Medical and sanitary report of the native army of Bengal for the year
Year: 1877
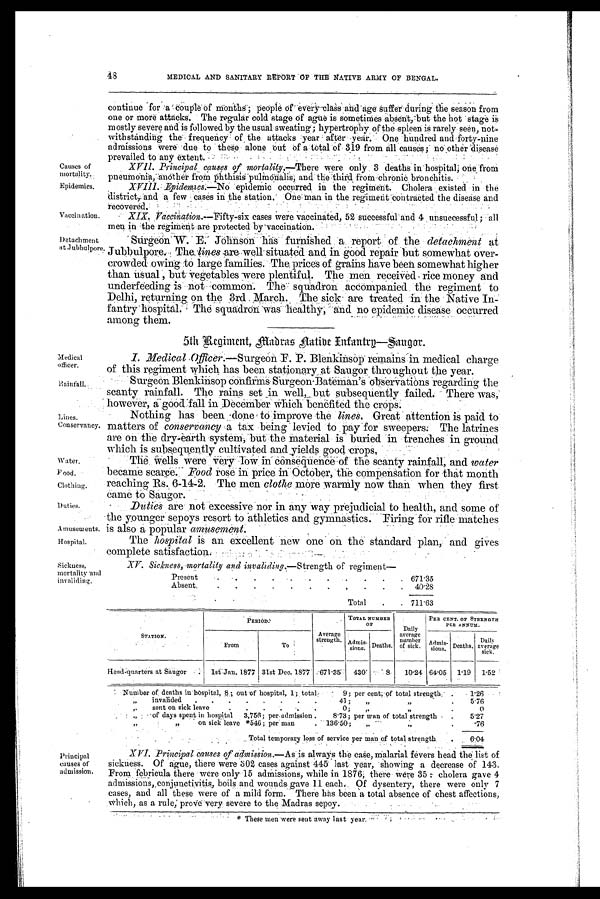
Causes of
mortality.
Epidemics.
vaccination.
Detachment
at Jubbulpore.
48
MEDICAL AND SANITARY REPORT OF THE NATIVE ARMY OF BENGAL.
continue for a couple of months ; people of e very class and age Suffer during the season from
one or more attacks. The regular cold stage of ague is sometimes absent, but the hot stage is
mostly severe and is followed by the usual sweating ; hypertrophy of the spleen is rarely seen, not-
withstanding the frequency of the attacks year after year. One hundred and forty-nine
admissions were due to these alone out of a total of 319 from all causes no other disease
prevailed to any extent.
XVII. Principal causes of mortality.—There were only 3 deaths in hospital; one from
pneumonia, another from phthisis pulmonalis, and the third from chronic bronchitis.
XVIII. Epidemics.—No epidemic occurred in the regiment. Cholera existed in the
district, and a few cases in the station. One man in the regiment contracted the disease and
recovered.
XIX. Vaccination.— Fifty-six cases were vaccinated, 52 successful and 4 unsuccessful; all
men in the regiment are protected by vaccination.
Sur geon W. E. J ohns on has f ur ni s hed a r epor t of t hed e t a c h m e n t
a t
Jubbulpore. The, lines are-well situated and in good repair but somewhat over-
crowded owing to large families. The prices of grains have been somewhat higher
than usual, but vegetables were plentiful. The men received rice money and
underfeeding is not common. The squadron accompanied the regiment to
Delhi, returning on the 3rd March. The sick are treated in the Native In
fantry hospital. The squadron was healthy, and no epidemic disease occurred
among them.
5th Regiment, Madras Native Infantry—Saugor.
Medical
officer.
Lines.
Conservancy.
Water.
Food.
Clothing.
Duties.
Amusements.
Hospital.
Sickness,
mortality and
invaliding.
1. Medical Officer.— S u r g e o n F . P . B l e n k i n s o p r e m a i n s i n m e d i c a l c h a r g e
of this regiment which has been stationary at Saugor throughout the year.
Surgeon Blenkinsop confirms Surgeon Bateman's observations regarding the
scanty rainfall. The rains set in but subsequently failed. There was,
however, a good fall in December which benefited the crops.
Nothing has been done to improve the lines. Great attention is paid to
matters of conservancy a tax being levied to pay for sweepers. The latrines
are on the dry-earth system, but the material is buried in trenches in ground
which is subsequently cultivated and yields good crops,
The Wells were very low, in consequence of the scanty rainfall, and water
became scarce. Food rose in price in October, the compensation for that month
reaching Rs. 6-14-2. The men clothe more warmly now than when they first
came to Saugor.
- Duties are not excessive nor in any way prejudicial to health, and some of
the younger sepoys resort to 'athletics and gymnastics. Firing for rifle matches
is also a popular amusement.
The hospital is an excellent new one on the standard plan, and gives
complete satisfaction.
XV. Sickness, mortality and invaliding.—Strength of regiment
Present
. .
. .
.
. .
. .
.
. 671.35
Absent.
.
.
.
.
.
.
.
.
.
.
.
40.28
Total
.
. 711.63
STATION.
PERIOD.
Average
strength.
TOTAL NUMBER
OF
Daily
average
number
of sick.
PER CENT. OF STRENGTH
PER A NNUM.
From
To
Admis-
sions Deaths.
Admis-
sions.
Deaths.
Daily
average sick.
Head quarters at Saugor
1st Jan. 1877 31st Dec. 1877
671.35
430 :
8 10.24 64.05 1.19 1.52
Number of, deaths in hospital, 8 ; out of hospital, 1; total
9; per cent. of total strength
. 1.26
"
invalided
. .
.
.
.
.
.
.
41 ;
"
"
.
5.76
"
sent on sick leave
.
.
.
.
.
.
0;
"
"
.
0
„
of days spent in hospital
3,756; per admission .
8.73; per wan of total strength
.
5.27
"
"
on sick leave *546; per man
1 3 6 . 5 0 ; "
"
.
. 7 6
Total temporary loss of service per man of total strength
6.04
Principal
causes of
admission.
XVI. Principal causes of admission.— As is always the case, malarial fevers head the list of
sickness. Of ague, there were 302 cases against 445 last year, showing a decrease of 143.
From febricula there were only 15 admissions, while in 1876; there were 35 cholera gave 4
admissions, conjunctivitis, boils and wounds, : gave 1.1 each. Of dysentery, there were only 7
cases, and all these were of a mild form. There has been a total absence of chest affections,
which, as a rule, prove very severe to the Madras sepoy.
*These men were sent away last year.